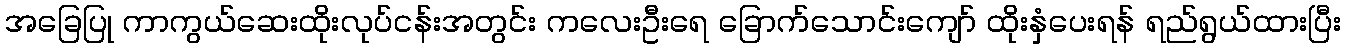
အခြေပြု ကာကွယ်ဆေးထိုးလုပ်ငန်းအတွင်း ကလေးဦးရေ ခြောက်သောင်းကျော် ထိုးနှံပေးရန် ရည်ရွယ်ထားပြီး